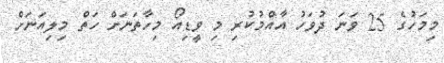
މިމަހުގެ 25 ވަނަ ދުވަހު އާއްމުކުރި މި ވީޑިއޯ މިހާތަނަށް ހަތް މިލިއަނަށް